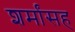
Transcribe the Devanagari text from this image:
शर्मांसह